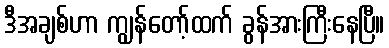
ဒီအချစ်ဟာ ကျွန်တော့်ထက် ခွန်အားကြီးနေပြီ။